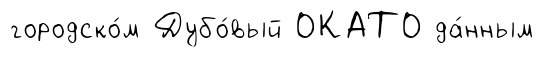
городско́м Дубо́вый ОКАТО да́нным